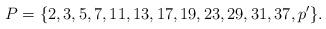
LaTeX: \begin{align*}P=\{2,3,5,7,11,13,17,19,23,29,31,37,p^\prime\}.\end{align*}